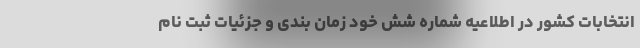
انتخابات کشور در اطلاعیه شماره شش خود زمان بندی و جزئیات ثبت نام